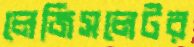
লেজিসলেটর